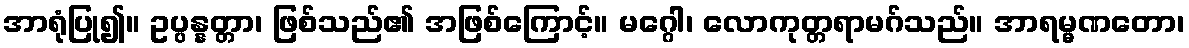
အာရုံပြု၍။ ဥပ္ပန္နတ္တာ၊ ဖြစ်သည်၏ အဖြစ်ကြောင့်။ မဂ္ဂေါ၊ လောကုတ္တရာမဂ်သည်။ အာရမ္မဏတော၊